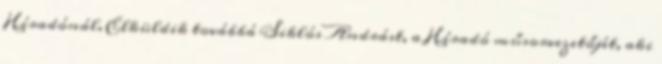
Híradónál. Elküldik továbbá Siklós Andrást, a Híradó műsorvezetőjét, aki